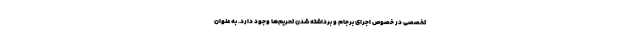
تخصصی در خصوص اجرای برجام و برداشته شدن‌ تحریم‌ها وجود دارد. به عنوان